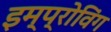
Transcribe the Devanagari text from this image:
इम्प्रोविंग